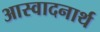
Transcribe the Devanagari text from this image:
आस्वादनार्थ